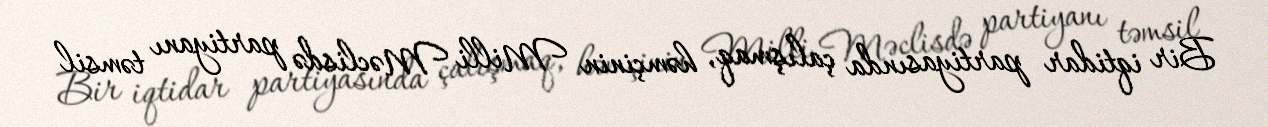
Bir iqtidar partiyasında çalışmaq, həmçinin Milli Məclisdə partiyanı təmsil